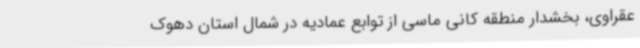
عقراوی، بخشدار منطقه کانی ماسی از توابع عمادیه در شمال استان دهوک